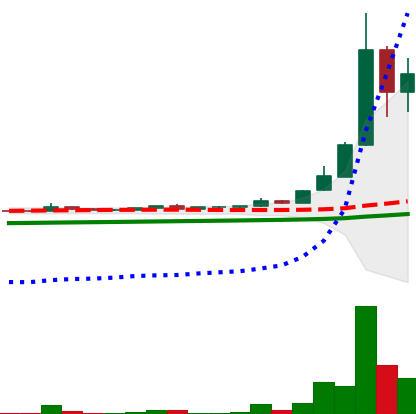
Ticker: DOGE-USD
Chart end date: 2021-04-18
Forward return: -22.456%
Label: down_7plus